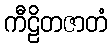
ကီဠိတဇာတံ